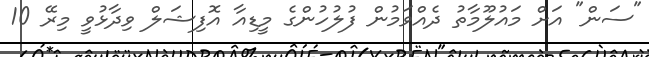
"ސަން" އަށް މައުލޫމާތު ދެއްވަމުން ފުލުހުންގެ މީޑިއާ އޮފިޝަލް ވިދާޅުވީ މިރޭ 10